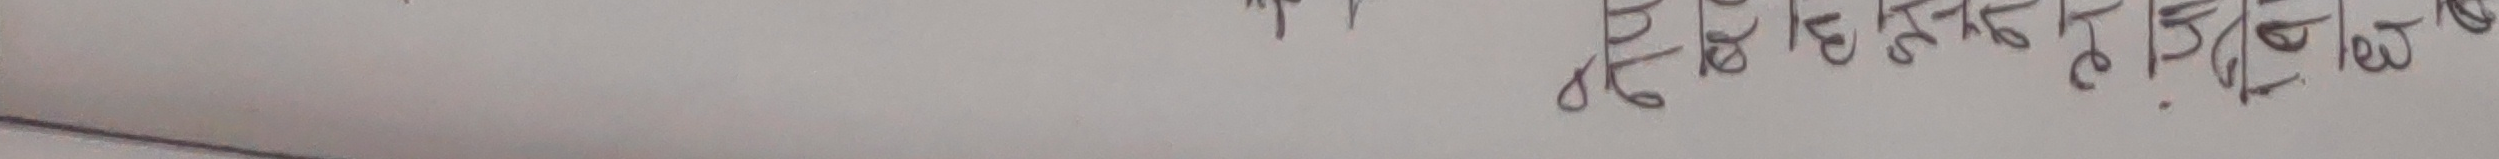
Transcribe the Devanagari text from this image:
छन् ।